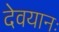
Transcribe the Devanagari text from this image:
देवयानः